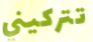
تتركيني